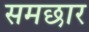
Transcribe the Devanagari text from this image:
समछार